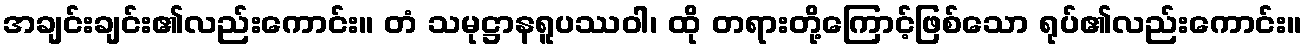
အချင်းချင်း၏လည်းကောင်း။ တံ သမုဋ္ဌာနရူပဿဝါ၊ ထို တရားတို့ကြောင့်ဖြစ်သော ရုပ်၏လည်းကောင်း။